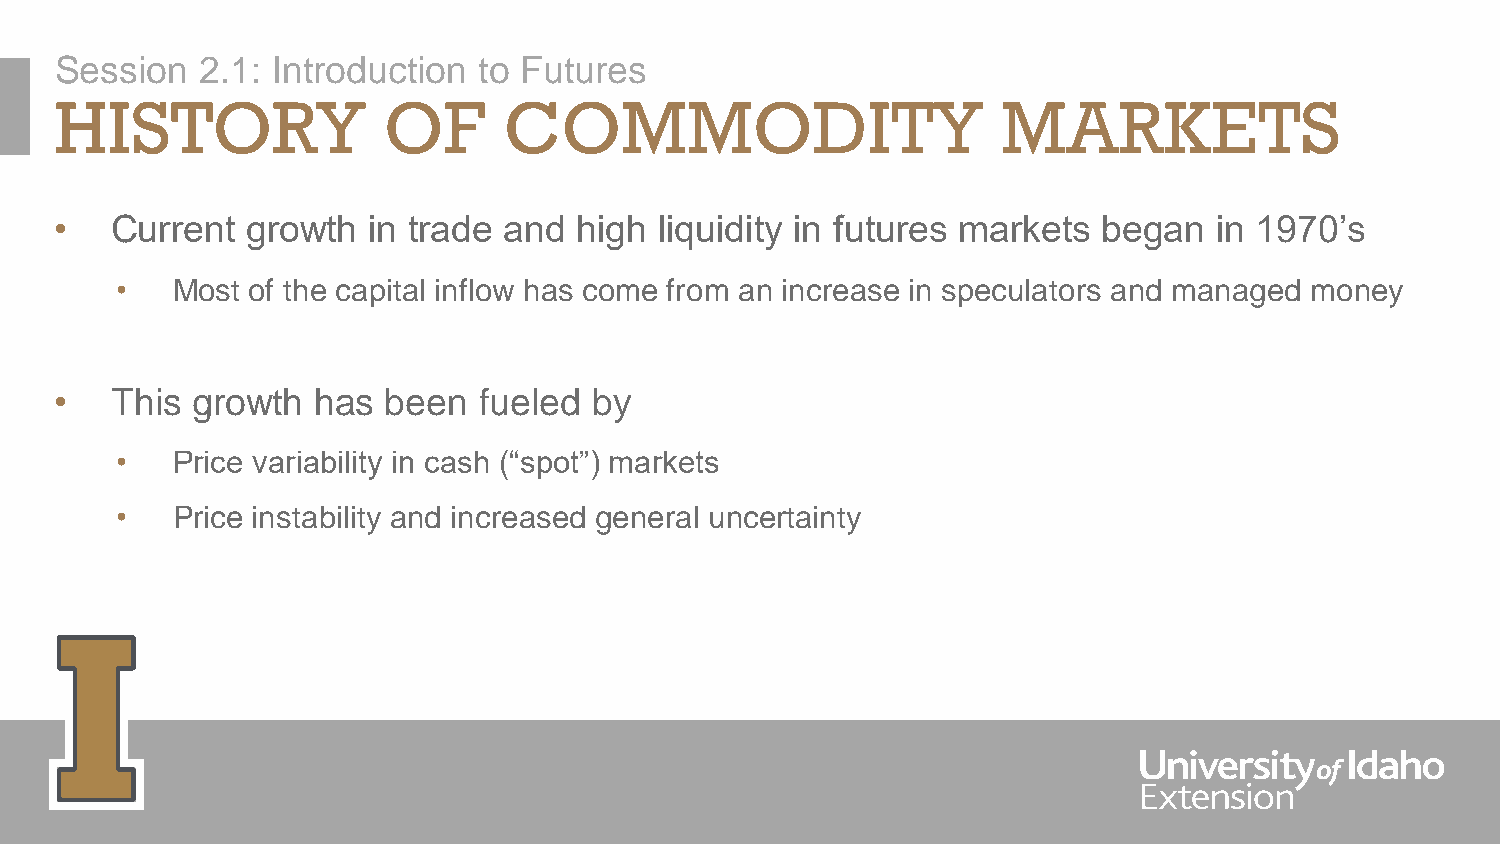
Session  2.1: Introduction  to Futures
 HISTORY              OF      COMMODITY                        MARKETS
 •  Current  growth  in trade and  high  liquidity in futures markets began   in 1970’s
 •  Most of the capital inflow has come from an increase in speculators and managed money
 •  This  growth  has  been  fueled by
 •  Price variability in cash (“spot”) markets
 •  Price instability and increased general uncertainty